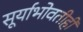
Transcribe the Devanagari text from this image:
सूर्याभोवतीही